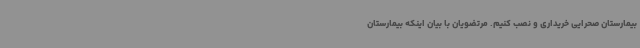
بیمارستان صحرایی خریداری و نصب کنیم. مرتضویان با بیان اینکه بیمارستان